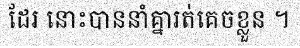
ដែរ នោះបាននាំគ្នារត់គេចខ្លួន ។